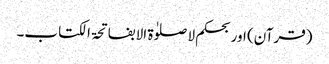
(قرآن) اور بحکم لا صلوٰۃ الا بفاتحۃ الکتاب۔